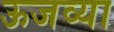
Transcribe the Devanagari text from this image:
ऊजव्या